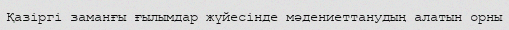
Қазіргі заманғы ғылымдар жүйесінде мәдениеттанудың алатын орны